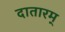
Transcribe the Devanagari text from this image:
दातारम्